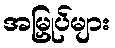
အမြှုပ်များ